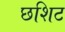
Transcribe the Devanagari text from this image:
छशिट